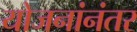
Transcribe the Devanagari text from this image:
योजनांनंतर